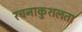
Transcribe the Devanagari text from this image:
रचनाकुशलता